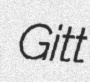
Gitt